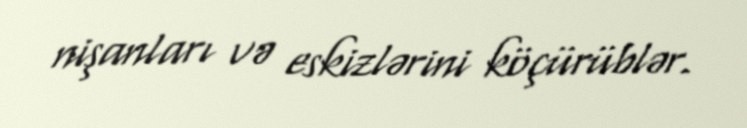
nişanları və eskizlərini köçürüblər.